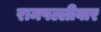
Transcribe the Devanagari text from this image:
रामपल्लीवार